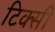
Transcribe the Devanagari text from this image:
टिक्सी